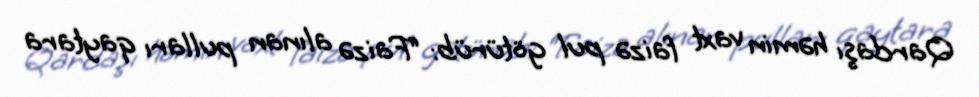
Qardaşı həmin vaxt faizə pul götürüb: “Faizə alınan pulları qaytara